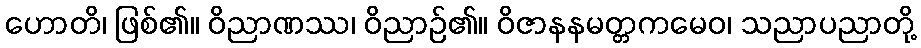
ဟောတိ၊ ဖြစ်၏။ ဝိညာဏဿ၊ ဝိညာဉ်၏။ ဝိဇာနနမတ္တကမေဝ၊ သညာပညာတို့